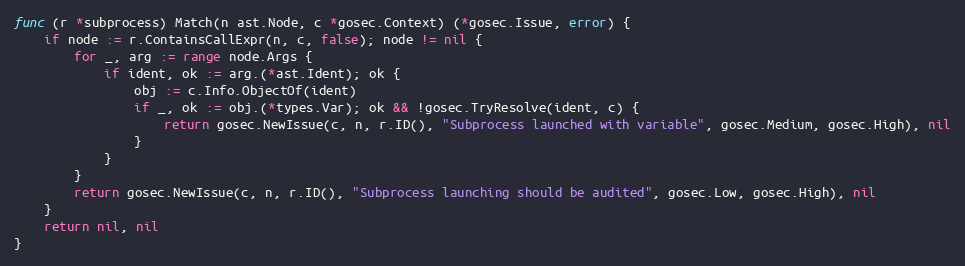
Language: Go
func (r *subprocess) Match(n ast.Node, c *gosec.Context) (*gosec.Issue, error) {
	if node := r.ContainsCallExpr(n, c, false); node != nil {
		for _, arg := range node.Args {
			if ident, ok := arg.(*ast.Ident); ok {
				obj := c.Info.ObjectOf(ident)
				if _, ok := obj.(*types.Var); ok && !gosec.TryResolve(ident, c) {
					return gosec.NewIssue(c, n, r.ID(), "Subprocess launched with variable", gosec.Medium, gosec.High), nil
				}
			}
		}
		return gosec.NewIssue(c, n, r.ID(), "Subprocess launching should be audited", gosec.Low, gosec.High), nil
	}
	return nil, nil
}